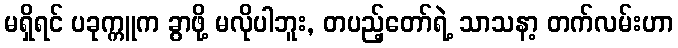
မရှိရင် ပခုက္ကူက ခွာဖို့ မလိုပါဘူး, တပည့်တော်ရဲ့ သာသနာ့ တက်လမ်းဟာ